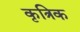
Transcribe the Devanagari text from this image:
कृत्रिक